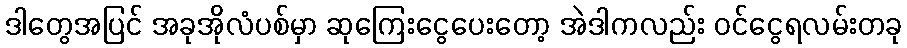
ဒါတွေအပြင် အခုအိုလံပစ်မှာ ဆုကြေးငွေပေးတော့ အဲဒါကလည်း ဝင်ငွေရလမ်းတခု